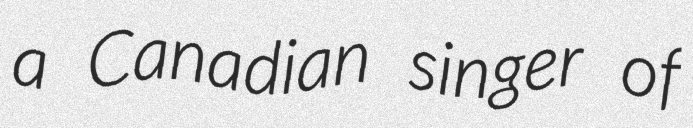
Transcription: a Canadian singer of